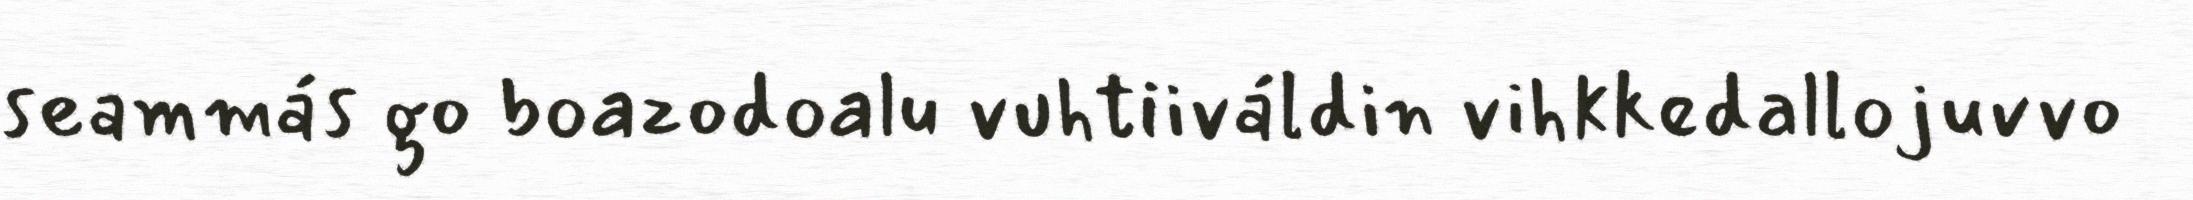
seammás go boazodoalu vuhtiiváldin vihkkedallojuvvo